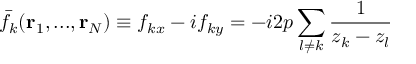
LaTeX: \bar { f } _ { k } ( { \bf r } _ { 1 } , . . . , { \bf r } _ { N } ) \equiv f _ { k x } - i f _ { k y } = - i 2 p \sum _ { l \neq k } \frac { 1 } { z _ { k } - z _ { l } }